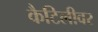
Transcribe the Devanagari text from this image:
कैटिलीवर